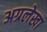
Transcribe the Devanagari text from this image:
अग्रलेखा